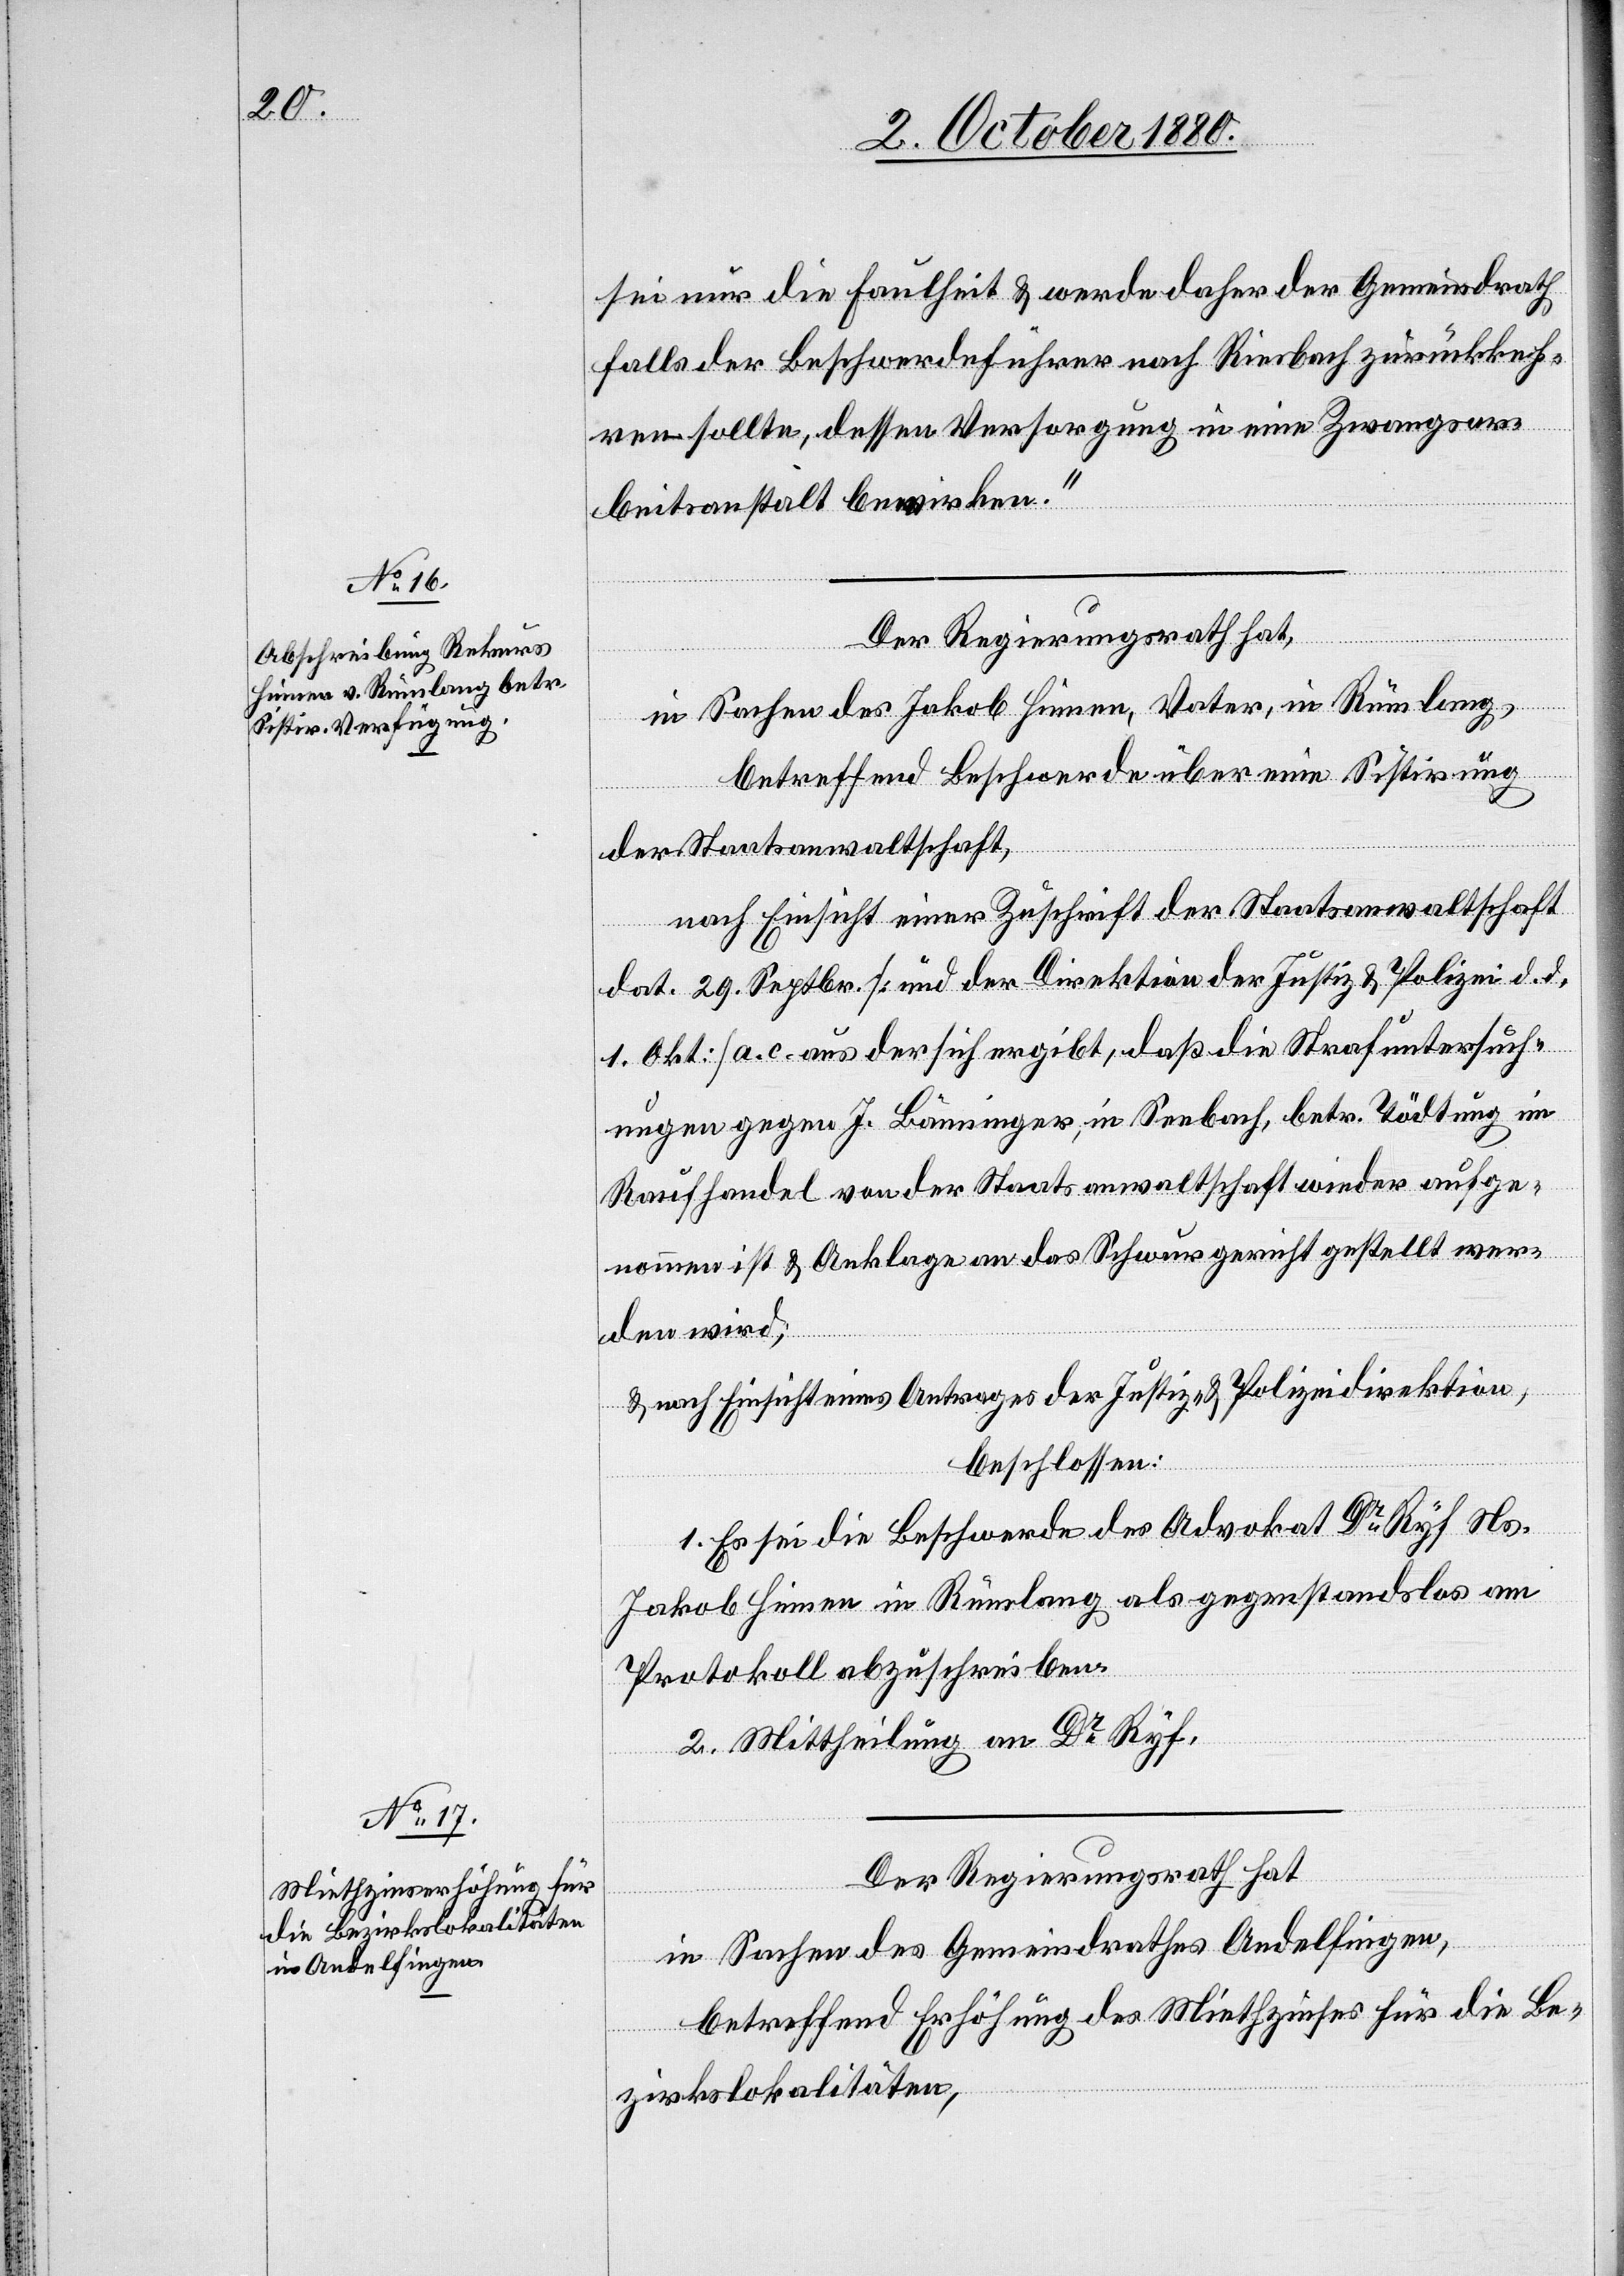
sei nur die Faulheit & werde daher der Gemeindrath
falls der Beschwerdeführer nach Riesbach zurückkeh¬
ren sollte, dessen Versorgung in einer Zwangsar¬
beitsanstalt bewirken.“
Der Regierungsrath hat,
in Sachen des Jakob Hinnen, Vater, in Rümlang,
betreffend Beschwerde über eine Sistirung
der Staatsanwaltschaft,
nach Einsicht einer Zuschrift der Staatsanwaltschaft
dat. 29. Septbr. [und der Direktion der Justiz & Polizei d. d.
1. Okt.] a. c. aus der sich ergibt, daß die Strafuntersuch¬
ungen gegen J. Bänninger, in Seebach, betr. Tödtung im
Raufhandel von der Staatsanwaltschaft wieder aufge¬
nommen ist & Anklage an das Schwurgericht gestellt wer¬
den wird,
& nach Einsicht eines Antrages der Justiz- & Polizeidirektion,
beschlossen:
1. Es sei die Beschwerde des Advokat Dr Ryf Ns.
Jakob Hinnen in Rümlang als gegenstandslos am
Protokoll abzuschreiben.
2. Mittheilung an Dr Ryf.
Der Regierungsrath hat
in Sachen des Gemeindrathes Andelfingen,
betreffend Erhöhung des Miethzinses für die Be¬
zirkslokalitäten,